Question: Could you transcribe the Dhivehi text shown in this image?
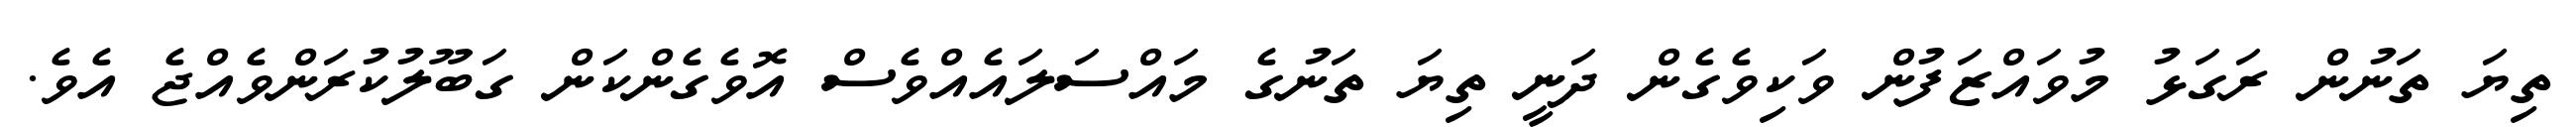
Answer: ތިޔަ ތަނުން ރަގަޅު މުވައްޒަފުން ވަކިވެގެން ދަނީ ތިޔަ ތަނުގެ މައްސަލައެއްވެސް އޮވެގެންކަން ގަބޫލުކުރަންވެއްޖެ އެވެ.